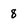
Character: 8